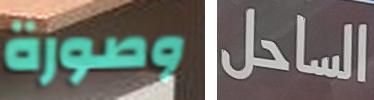
وصورة الساحل